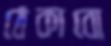
ঠেকাবো